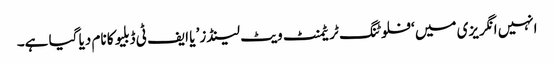
انہیں انگریزی میں ‘فلوٹنگ ٹریٹمنٹ ویٹ لینڈز’ یا ایف ٹی ڈبلیو کا نام دیا گیا ہے۔